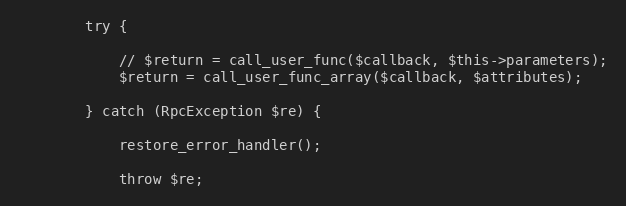
Language: PHP
        try {

            // $return = call_user_func($callback, $this->parameters);
            $return = call_user_func_array($callback, $attributes);

        } catch (RpcException $re) {

            restore_error_handler();

            throw $re;